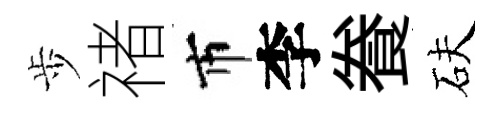
歩禇市李飬砆